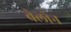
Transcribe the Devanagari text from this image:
वेलोन